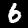
Digit: 6